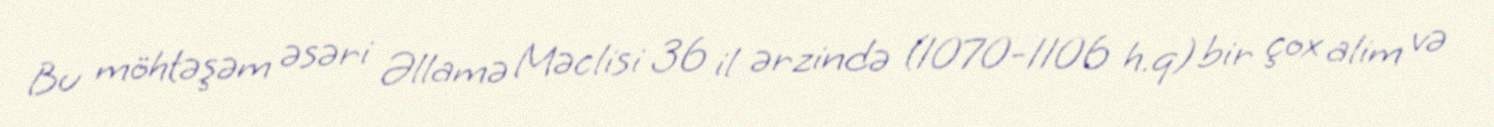
Bu möhtəşəm əsəri Əllamə Məclisi 36 il ərzində (1070-1106 h.q) bir çox alim və